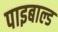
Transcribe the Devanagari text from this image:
पाइबाल्ड